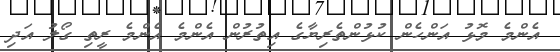
އެންމެ މޮޅު އަންހެން ކުޅުންތެރިޔާގެ އިތުރުން އެންމެ އެންމެ ރީތި ގޯލު އަދި